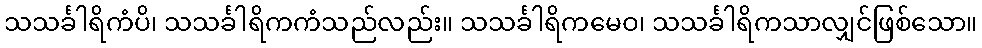
သသင်္ခါရိကံပိ၊ သသင်္ခါရိကကံသည်လည်း။ သသင်္ခါရိကမေဝ၊ သသင်္ခါရိကသာလျှင်ဖြစ်သော။